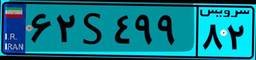
۶۲S۴۹۹۸۲